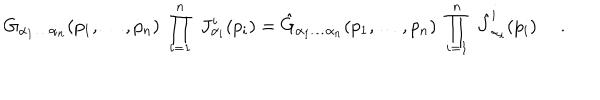
G _ { \alpha _ { 1 } \ldots \alpha _ { n } } ( p _ { 1 } , \ldots , p _ { n } ) \; \prod _ { i = 1 } ^ { n } \; J _ { \alpha _ { i } } ^ { i } ( p _ { i } ) = \hat { G } _ { \alpha _ { 1 } \ldots \alpha _ { n } } ( p _ { 1 } , \ldots , p _ { n } ) \; \prod _ { i = 1 } ^ { n } \; \hat { J } _ { \alpha _ { i } } ^ { i } ( p _ { i } ) \ .